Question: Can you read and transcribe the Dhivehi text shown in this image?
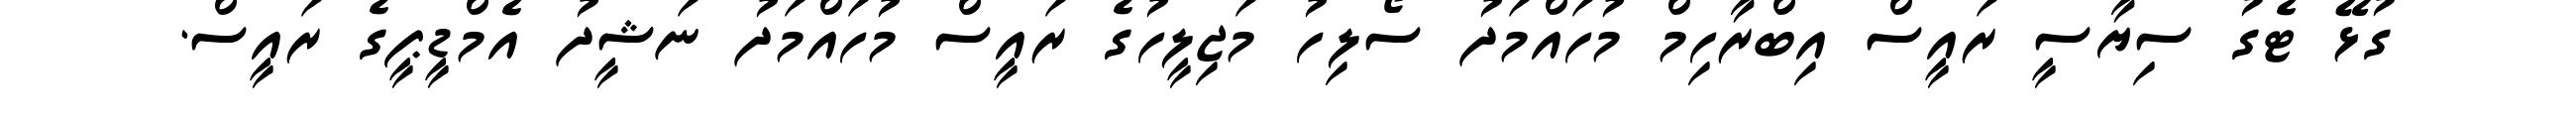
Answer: ގުޅޭ ޓެގު ސިޔާސީ ރައީސް އިބްރާހިމް މުހައްމަދު ސޯލިހު މަޖިލީހުގެ ރައީސް މުހައްމަދު ނަޝީދު އެމްޑީޕީގެ ރައީސް.